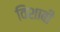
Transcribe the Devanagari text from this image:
विशाबी